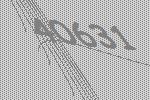
40631